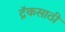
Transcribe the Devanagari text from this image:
ट्रॅकसाठी